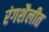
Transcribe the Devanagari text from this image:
रंगशैलीत